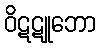
ဝိဋဋူဘော